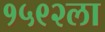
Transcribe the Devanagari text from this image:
१५९२ला